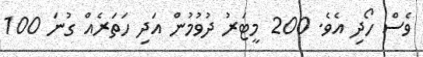
ވެސް ހޯދި އެވެ. 200 މީޓަރު ދުވުމުން އަދި ހަތަރެއް ގުނަ 100